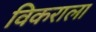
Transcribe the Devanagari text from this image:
विकराला